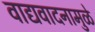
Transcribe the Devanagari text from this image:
वाद्यवादनामुळे